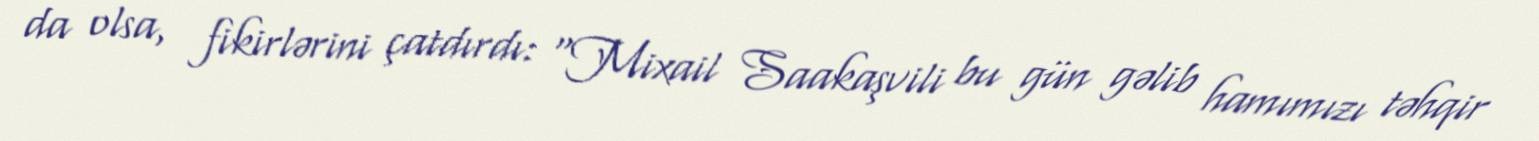
da olsa, fikirlərini çatdırdı: “Mixail Saakaşvili bu gün gəlib hamımızı təhqir